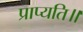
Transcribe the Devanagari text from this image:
प्राप्यति॥